Vaccine operations Central Provinces 1868-1885 - 1868-1885
Year: 1868
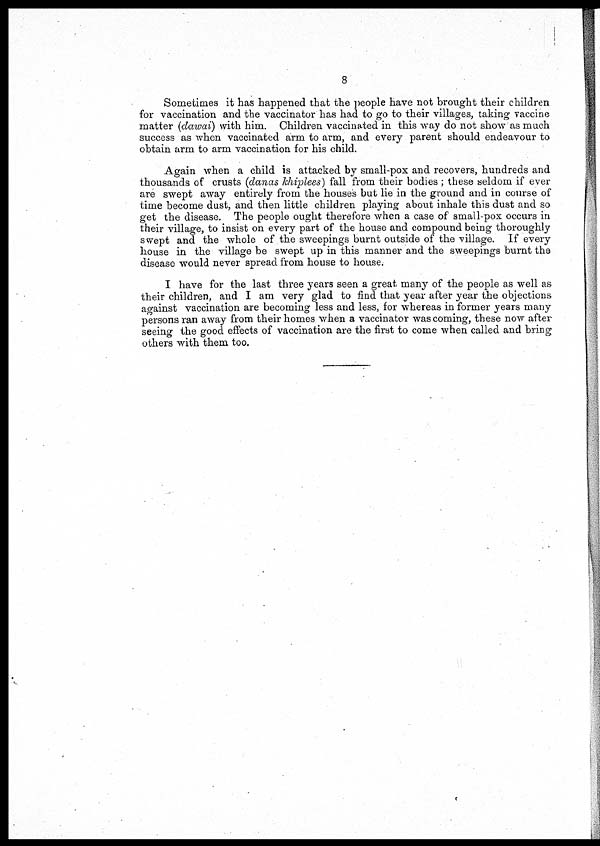
8
Sometimes it has happened that the people have not brought their children
for vaccination and the vaccinator has had to go to their villages, taking vaccine
matter (dawai) with him. Children vaccinated in this way do not show as much
success as when vaccinated arm to arm, and every parent should endeavour to
obtain arm to arm vaccination for his child.
Again when a child is attacked by small-pox and recovers, hundreds and
thousands of crusts (danas khiplees) fall from their bodies ; these seldom if ever
are swept away entirely from the houses but lie in the ground and in course of
time become dust, and then little children playing about inhale this dust and so
get the disease. The people ought therefore when a case of small-pox occurs in
their village, to insist on every part of the house and compound being thoroughly
swept and the whole of the sweepings burnt outside of the village. If every
house in the village be swept up in this manner and the sweepings burnt the
disease would never spread from house to house.
I have for the last three years seen a great many of the people as well as
their children, and I am very glad to find that year after year the objections
against vaccination are becoming less and less, for whereas in former years many
persons ran away from their homes when a vaccinator was coming, these now after
seeing the good effects of vaccination are the first to come when called and bring
others with them too.